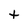
Character: t